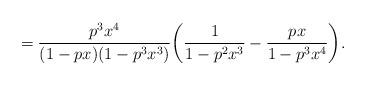
LaTeX: \begin{align*}= \frac{p^3x^4}{(1-px)(1-p^3x^3)}\bigg(\frac{1}{1-p^2x^3} - \frac{px}{1-p^3x^4}\bigg). \end{align*}